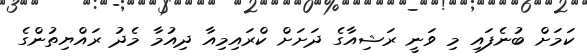
ކަމަށް ބުނެފައި މި ވަނީ ރަޝިއާގެ ދަށަށް ކްރައިމިއާ ދިއުމާ މެދު ރައްޔިތުންގެ